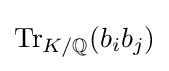
\operatorname {Tr} _{K/\mathbb {Q} }(b_{i}b_{j})